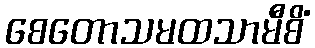
စေတောသမထသာမီစိံ